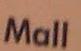
mall